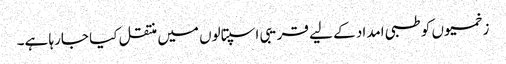
زخمیوں کو طبی امداد کے لیے قریبی اسپتالوں میں منتقل کیا جارہا ہے۔